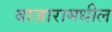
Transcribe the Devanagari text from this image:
बाजारामधील